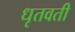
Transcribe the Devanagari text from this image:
धृतवती